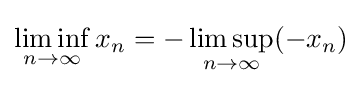
\liminf _{n\to \infty }x_{n}=-\limsup _{n\to \infty }(-x_{n})